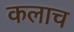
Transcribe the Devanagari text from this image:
कलाच